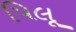
પિલૂ